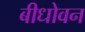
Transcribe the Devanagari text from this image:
बीधोवन